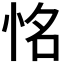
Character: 𢙛